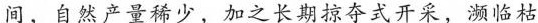
间，自然产量稀少，加之长期掠夺式开采，濒临枯